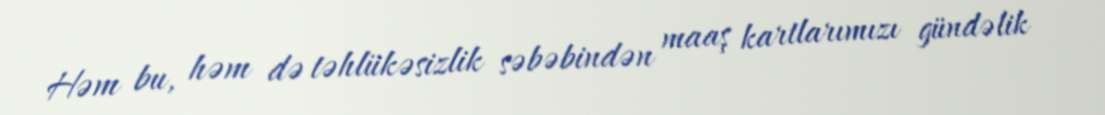
Həm bu, həm də təhlükəsizlik səbəbindən maaş kartlarımızı gündəlik